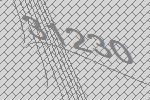
31230